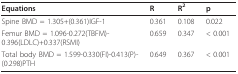
<table><thead><tr><td><b>Equations</b></td><td><b>R</b></td><td><b>R<sup>2</sup></b></td><td><b>p</b></td></tr></thead><tbody><tr><td>Spine BMD = 1.305+(0.361)IGF-1</td><td>0.361</td><td>0.108</td><td>0.022</td></tr><tr><td>Femur BMD = 1.096-0.272(TBFM)-0.396(LDLC)+0.337(RSMI)</td><td>0.659</td><td>0.347</td><td>&lt; 0.001</td></tr><tr><td>Total body BMD = 1.599-0.330(FI)-0.413(P)-(0.298)PTH</td><td>0.649</td><td>0.367</td><td>&lt; 0.001</td></tr></tbody></table>